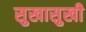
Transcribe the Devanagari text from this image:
सुखासुखी